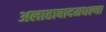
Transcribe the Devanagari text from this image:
अलाहाबादमधल्या